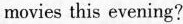
movies this evening?